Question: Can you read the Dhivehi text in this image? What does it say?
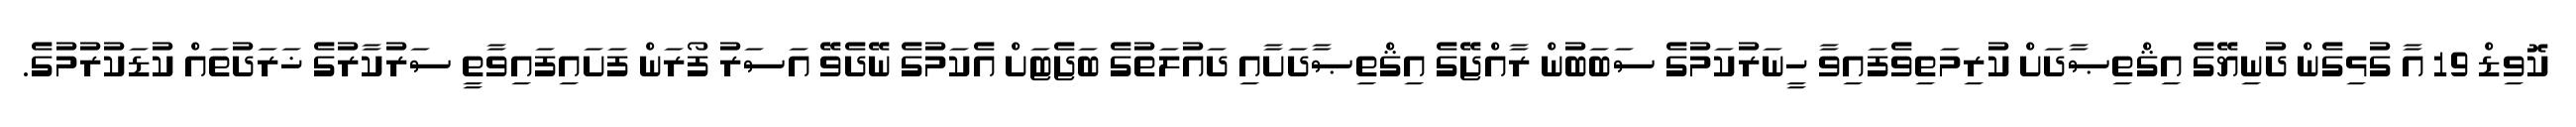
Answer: ކޮވިޑް 19 އާ ގުޅިގެން ދުނިޔޭގެ އިޤްތިޞާދަށް ކުރިމަތިވެފައިވާ ހީނަރުކަމުގެ ސަބަބުން ރާއްޖޭގެ އިޤްތިޞާދަށާއި ދައުލަތުގެ ބަޖެޓަށް އެކަމުގެ ނޭދެވޭ އަސަރު ފޯރަން ފަށައިފައިވާތީ ސަރުކާރުގެ ޚަރަދުތައް ކުޑަކުރުމުގެ.